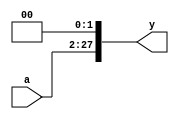
module sl2_26(input  [25:0] a,
           output [27:0] y);

  // shift left by 2
  assign y = {a[25:0], 2'b00};
endmodule